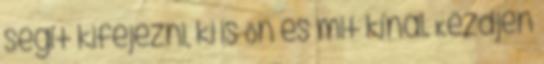
segít kifejezni, ki is Ön és mit kínál. Kezdjen